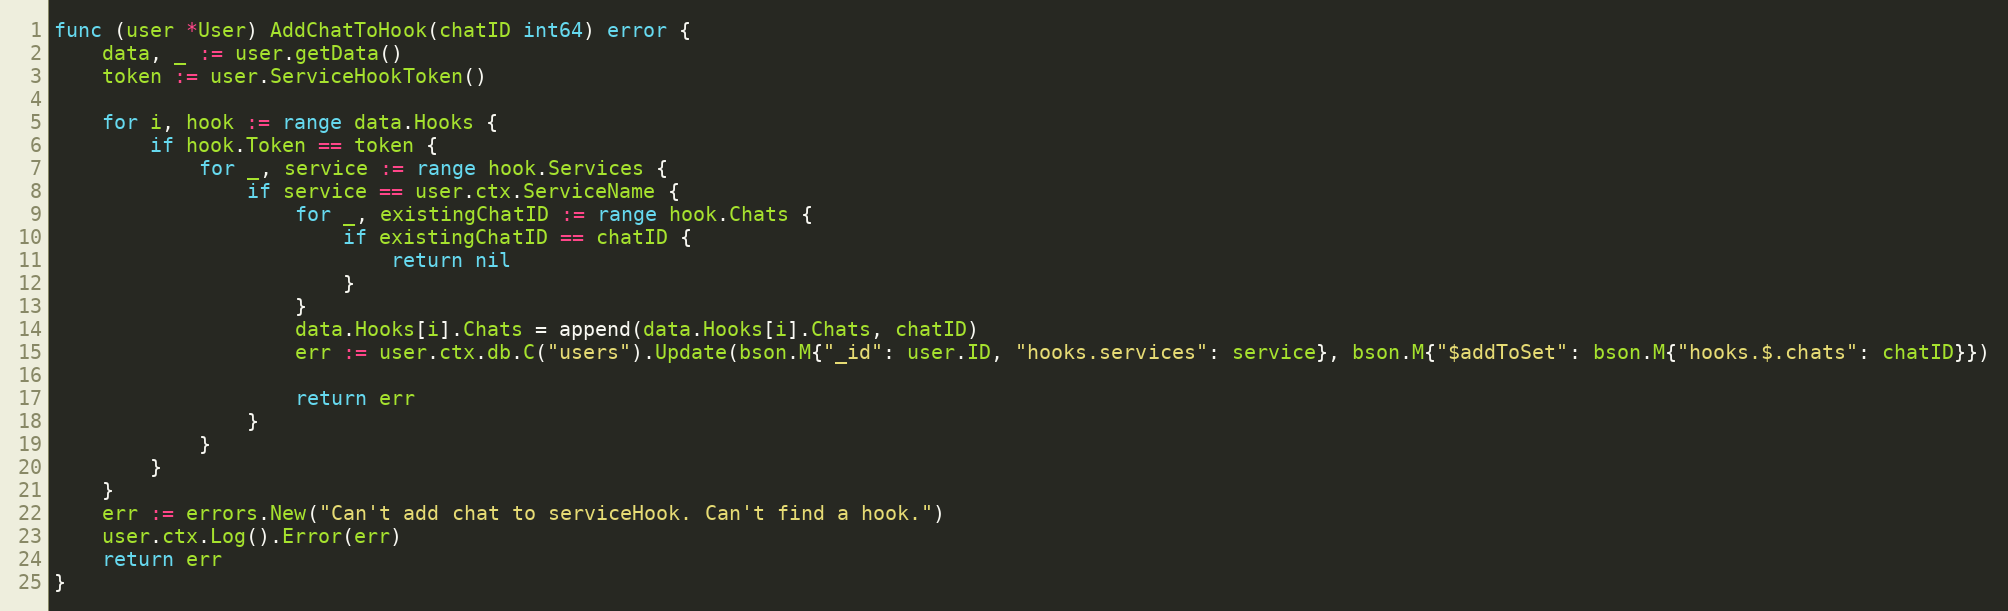
Language: Go
func (user *User) AddChatToHook(chatID int64) error {
	data, _ := user.getData()
	token := user.ServiceHookToken()

	for i, hook := range data.Hooks {
		if hook.Token == token {
			for _, service := range hook.Services {
				if service == user.ctx.ServiceName {
					for _, existingChatID := range hook.Chats {
						if existingChatID == chatID {
							return nil
						}
					}
					data.Hooks[i].Chats = append(data.Hooks[i].Chats, chatID)
					err := user.ctx.db.C("users").Update(bson.M{"_id": user.ID, "hooks.services": service}, bson.M{"$addToSet": bson.M{"hooks.$.chats": chatID}})

					return err
				}
			}
		}
	}
	err := errors.New("Can't add chat to serviceHook. Can't find a hook.")
	user.ctx.Log().Error(err)
	return err
}